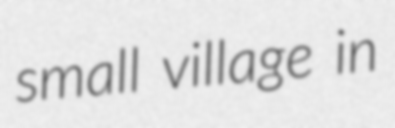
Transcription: small village in